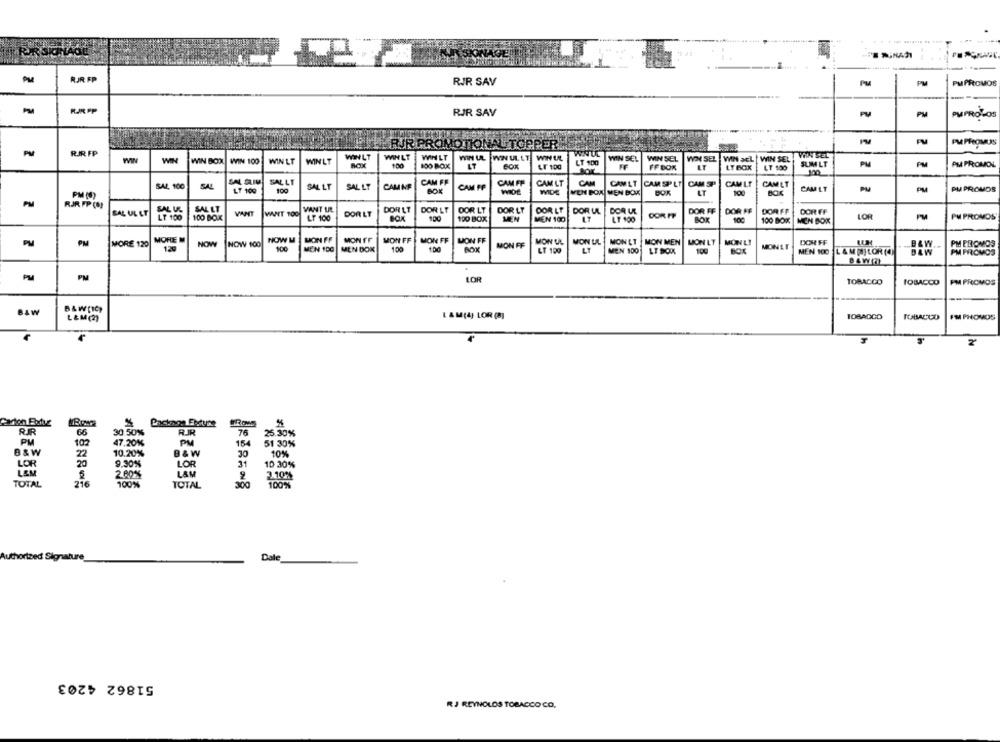
PM
RJR SAV
PM
PM PROMOS
PAR PP
RJR SAV
PM
PUPROLOS
PMPHOMUS
RJR PROMO TIONAL TOPPER
PM
RIR FP
WINLT
WINLT
WIN LT
WIN UL
WIN ULLT
WIN UL
VIN SEL
WIN
WIN
WIN BOX WIN 100
WINLT
WINLT
100
100 BOX
LT 100
WIN SEL
WIN SEL
WIN SEL |WIN SEL | WIN SEL
SUMLT
PM
PM
PM PROMOL
LT
LT 100
FF BOR
LT
LY BOX
LT 100
SAL 100
SAL
SAL LT
SALLY
SAL LT
CAM NE
CAM FF
CAM FF
CAM FF
CAM LT
CAM
CAMLT CARSPLT
CAM SP
CAMLT
CAMLT
PM (4)
LT 109
100
BOX
WIDE
WIDE
MEN BOW MEN BOK
DOK
LT
100
CAMLT
PM
PU PROMOS
PM
RJR FP (OJ
SAL LT
VANT LE.
BAL UL LT
100 BOX
VAMIT
WANT 100
DOR LT
DORLLT
DOR LT
DOR LT
DOR LT
DOR LT
DOR UL
DOR UL
DOR FF
DOR FF
DOR FF
DOR FF
DOR FF
PM PROMOS
LF 100
100
190 BOX
MEN
MEN 100
17
LT 100
BOK
100 BOK
MEN BOK
LOR
PM
MORE M
NOW M
MON FF
PM
MORE 120
NOW
NOW 100
MON FF
MON Tr
MON FF
LON FF
MON FF
MON UL
MONET
MON MEN
MON LT
MONLI
DOR FF
B&W
PM ERIOMOS
129
100
MEN 100
MEN DOK
1.00
100
LT 199
LT
MEN 100
LT SOK
100
BOX
MONLI
MEN 100 L &M LOR()
D&W
PM PROVOS
PM
PM
LOR
TOBACCO
TOBACCO
PM PROMOS
-
BLW
B&W(IC)
L&M(2
I AM(4) LOR (8]
TOBACCO
I'M PHOMOS
Packnos Entune
FROM
RR
66
30.50%
RR
76
25.30%
PM
102
47.20%
PM
51 30%
B&W
22
10.20%
B & W
30
10%
LOR
20
9.30%
LOR
31
10 30%
LEM
2 80%
LAM
216
100%
300
TOTAL
TOTAL
Authorized Signature
Dale
51862 4203
RJ REYNOLDS TOBACCO CO.